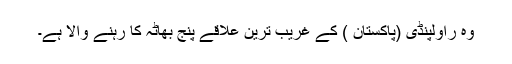
وہ راولپنڈی (پاکستان ) کے غریب ترین علاقے پنج بھاٹہ کا رہنے والا ہے۔